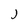
Character: j